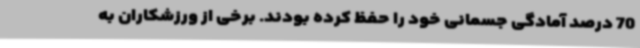
70 درصد آمادگی جسمانی خود را حفظ کرده بودند. برخی از ورزشکاران به